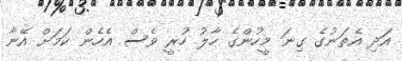
އަދި އެތަނުގެ ގިނަ މީހުންގެ ހާލު ހުރީ ވެސް އެހެން ކަމަށް އޭނާ